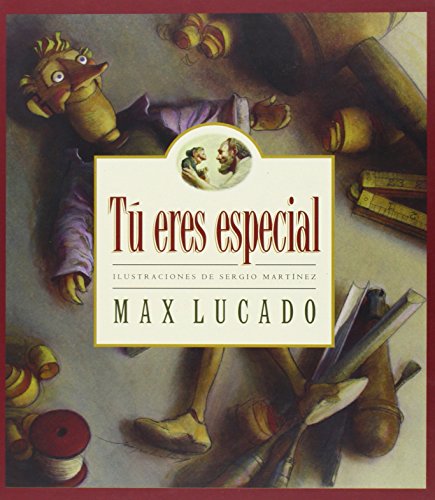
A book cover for Tu Eres Especial/You Are Special (Max Lucado's Wemmicks) (Spanish Edition); Max Lucado; Children's Books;